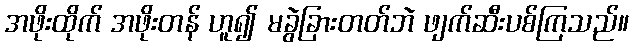
အဖိုးထိုက် အဖိုးတန် ဟူ၍ မခွဲခြားတတ်ဘဲ ဖျက်ဆီးပစ်ကြသည်။